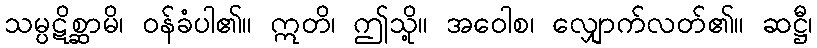
သမ္ပဋိစ္ဆာမိ၊ ဝန်ခံပါ၏။ ဣတိ၊ ဤသို့။ အဝေါစ၊ လျှောက်လတ်၏။ ဆဋ္ဌီ၊